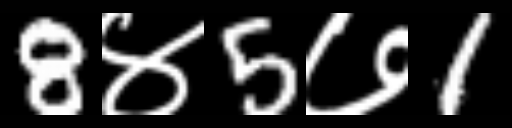
Text: 8४5७1